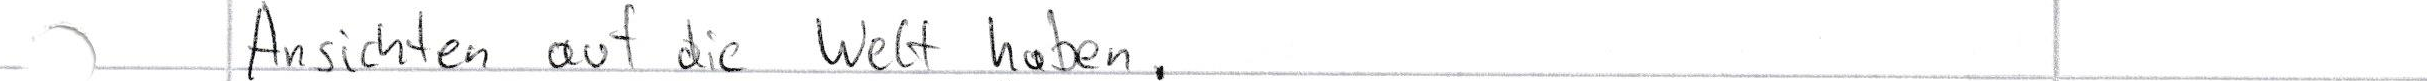
Ansichten auf die Welt haben.